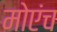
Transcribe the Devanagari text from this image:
मोएंच